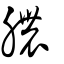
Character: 膿